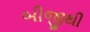
બીજીથી